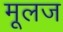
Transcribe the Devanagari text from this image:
मूलज